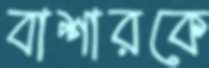
বাশারকে